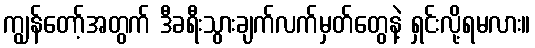
ကျွန်တော့်အတွက် ဒီခရီးသွားချက်လက်မှတ်တွေနဲ့ ရှင်းလို့ရမလား။